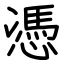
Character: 憑